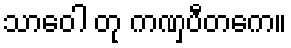
သာဝေါ တု ကဏှပီတကေ။